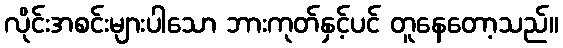
လိုင်းအစင်းများပါသော ဘားကုတ်နှင့်ပင် တူနေတော့သည်။